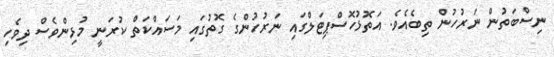
ނިސްބަތުން ނަރުހުން ތިބެއެވެ. އަތޮޅުހޮސްޕިޓަލްގައި ނަރުހުންގެ ގޮތުގައި މަސައްކަތް ކުރަނީ މުޅިންވެސް ދިވެހި